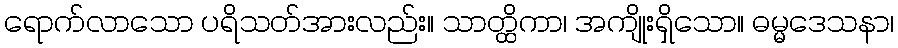
ရောက်လာသော ပရိသတ်အားလည်း။ သာတ္ထိကာ၊ အကျိုးရှိသော။ ဓမ္မဒေသနာ၊